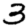
Digit: 3